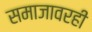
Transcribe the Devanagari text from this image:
समाजावरही